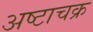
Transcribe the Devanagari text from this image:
अष्टाचक्र